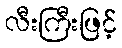
လီးကြီးဖြင့်